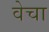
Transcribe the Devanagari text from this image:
वेचा